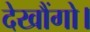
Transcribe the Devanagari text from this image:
देखौंगो।